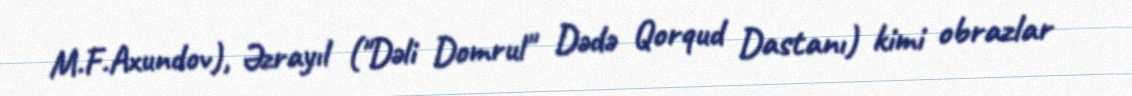
M.F.Axundov), Əzrayıl ("Dəli Domrul" Dədə Qorqud Dastanı) kimi obrazlar